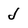
Character: J